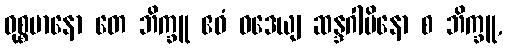
ဝုစ္စမာနော တေ ဘိက္ခူ ဧဝံ ဝဒေယျ ဆန္ဒဂါမိနော စ ဘိက္ခူ,